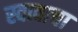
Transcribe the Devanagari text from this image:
स्वत्वाचा